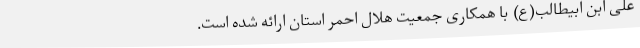
علی ابن ابیطالب(ع) با همکاری جمعیت هلال احمر استان ارائه شده است.